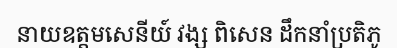
នាយឧត្តមសេនីយ៍ វង្ស ពិសេន ដឹកនាំប្រតិភូ